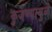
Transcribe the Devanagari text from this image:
कुजण्यामुळे